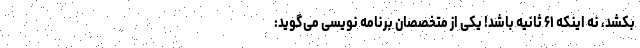
بکشد، نه اینکه ۶۱ ثانیه باشد! یکی از متخصصان برنامه نویسی می‌گوید: